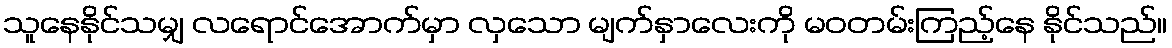
သူနေနိုင်သမျှ လရောင်အောက်မှာ လှသော မျက်နှာလေးကို မဝတမ်းကြည့်နေ နိုင်သည်။